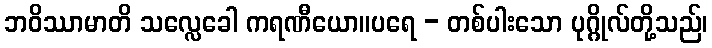
ဘဝိဿာမာတိ သလ္လေခေါ ကရဏီယော။ပရေ - တစ်ပါးသော ပုဂ္ဂိုလ်တို့သည်၊